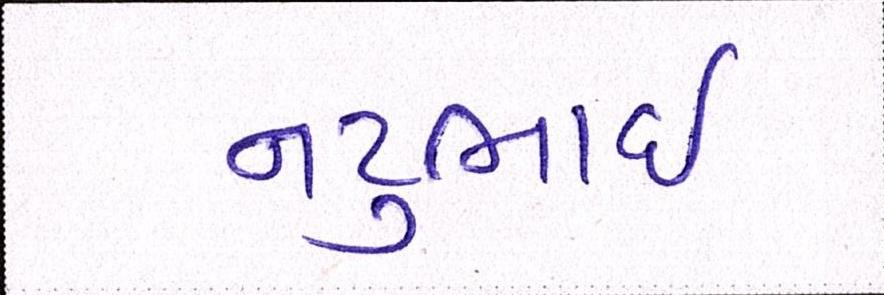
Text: નટુભાઈ